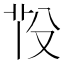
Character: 𦭇